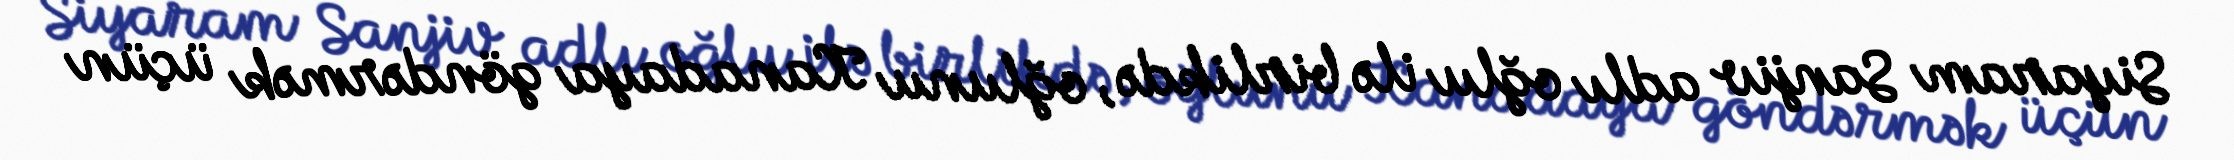
Siyaram Sanjiv adlı oğlu ilə birlikdə, oğlunu Kanadaya göndərmək üçün